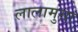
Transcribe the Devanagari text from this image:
लालामुसा